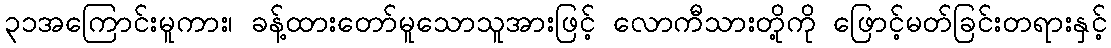
၃၁အကြောင်းမူကား၊ ခန့်ထားတော်မူသောသူအားဖြင့် လောကီသားတို့ကို ဖြောင့်မတ်ခြင်းတရားနှင့်